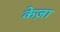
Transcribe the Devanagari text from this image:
केज़ा